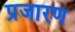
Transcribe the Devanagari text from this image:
प्रजारण